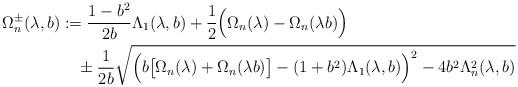
LaTeX: \begin{align*}\Omega_{n}^{\pm}(\lambda,b)&:=\frac{1-b^{2}}{2b}\Lambda_{1}(\lambda,b)+\frac{1}{2}\Big(\Omega_{n}(\lambda)-\Omega_{n}(\lambda b)\Big)\\&\quad\pm\frac{1}{2b}\sqrt{\Big(b\big[\Omega_{n}(\lambda)+\Omega_{n}(\lambda b)\big]-(1+b^{2})\Lambda_{1}(\lambda,b)\Big)^{2}-4b^{2}\Lambda_{n}^{2}(\lambda,b)}\end{align*}